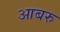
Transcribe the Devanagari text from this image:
आबरु